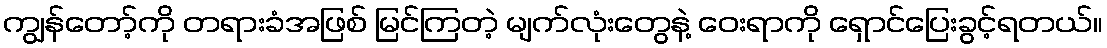
ကျွန်တော့်ကို တရားခံအဖြစ် မြင်ကြတဲ့ မျက်လုံးတွေနဲ့ ဝေးရာကို ရှောင်ပြေးခွင့်ရတယ်။